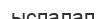
ыспалап